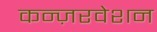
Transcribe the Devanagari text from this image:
कन्ज़रवेशन